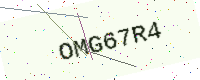
Text: OMG67R4